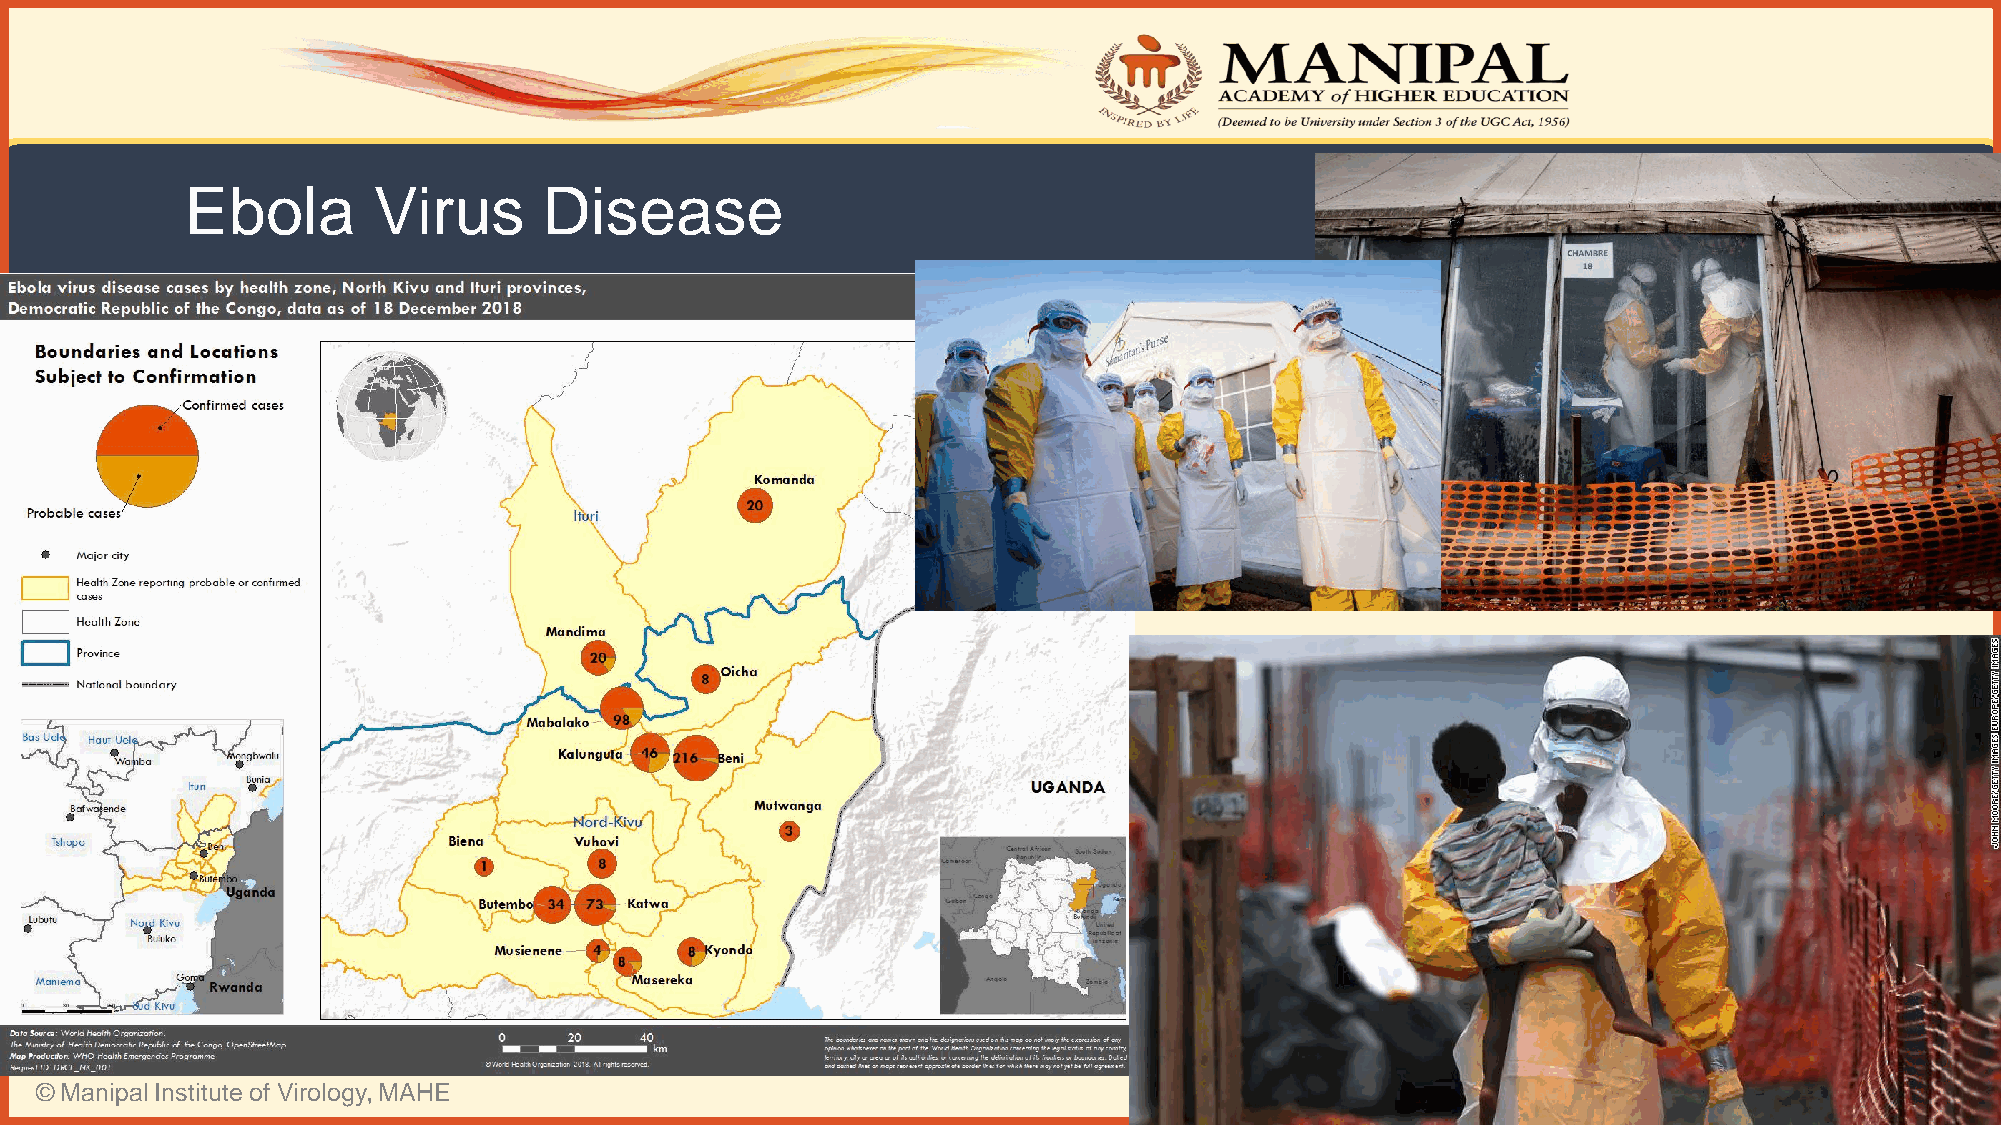
Ebola        Virus      Disease
 © Manipal Institute of Virology, MAHE